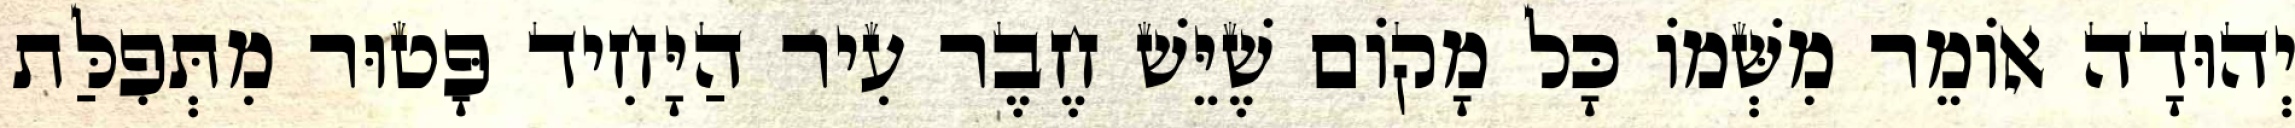
יְהוּדָה אוֹמֵר מִשְּׁמוֹ כָּל מָקוֹם שֶׁיֵּשׁ חֶבֶר עִיר הַיָּחִיד פָּטוּר מִתְּפִלַּת